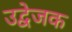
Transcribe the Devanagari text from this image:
उद्वेजक